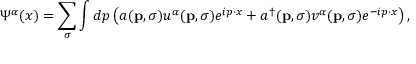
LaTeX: \Psi ^ { \alpha } ( x ) = \sum _ { \sigma } \int d p \left( a ( \mathbf { p } , \sigma ) u ^ { \alpha } ( \mathbf { p } , \sigma ) e ^ { i p \cdot x } + a ^ { \dagger } ( \mathbf { p } , \sigma ) v ^ { \alpha } ( \mathbf { p } , \sigma ) e ^ { - i p \cdot x } \right) ,